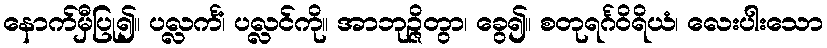
နောက်မှီပြု၍။ ပလ္လင်္ကံ၊ ပလ္လင်ကို။ အာဘုဉ္ဇိတွာ၊ ခွေ၍။ စတုရင်္ဂဝိရိယံ၊ လေးပါးသော